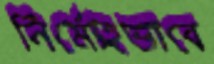
নির্মোহভাবে